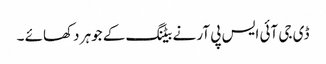
ڈی جی آئی ایس پی آر نے بیٹنگ کے جوہر دکھائے ۔